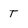
Character: T